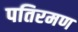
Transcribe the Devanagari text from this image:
पतिरमण